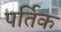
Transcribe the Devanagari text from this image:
पर्तिक